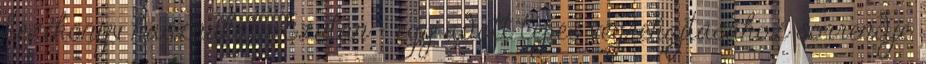
kézikönyv használata Ezután – egy adott lépés végrehajtásához sorrendje,